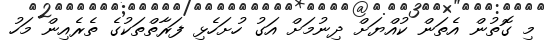
މި ގޮތުން އެތަން ކުއްޔަށް ދިނުމަށް އަގު ހުށަހެޅި ފަރާތްތަކުގެ ތެރެއިން މަހު